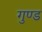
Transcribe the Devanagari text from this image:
गुण्ड